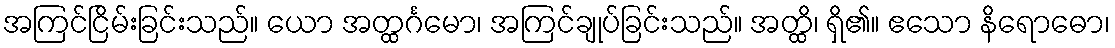
အကြင်ငြိမ်းခြင်းသည်။ ယော အတ္ထင်္ဂမော၊ အကြင်ချုပ်ခြင်းသည်။ အတ္ထိ၊ ရှိ၏။ ဧသော နိရောဓော၊